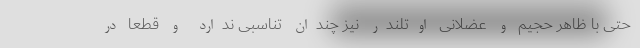
حتی با ظاهر حجیم و عضلانی اوتلندر نیز چندان تناسبی ندارد و قطعا در